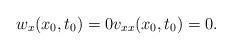
LaTeX: \begin{align*}w_{x}(x_{0},t_{0})=0v_{xx}(x_{0},t_{0})=0.\end{align*}